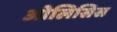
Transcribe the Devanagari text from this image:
ओलिसिस